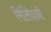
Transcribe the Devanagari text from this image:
मिलिंदांनी